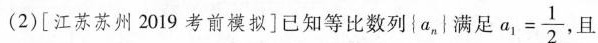
(2)[江苏苏州2019考前模拟]已知等比数列{a_{n}}满足 $$a _ { 1 } = \frac { 1 } { 2 }$$ 且